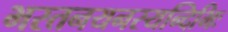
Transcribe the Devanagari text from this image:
भरतनयनस्यन्दिभिः